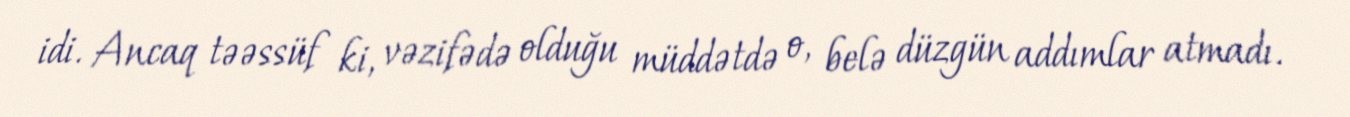
idi. Ancaq təəssüf ki, vəzifədə olduğu müddətdə o, belə düzgün addımlar atmadı.